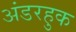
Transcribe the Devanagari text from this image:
अंडरहुक